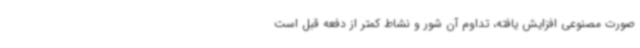
صورت مصنوعی افزایش یافته، تداوم آن شور و نشاط کمتر از دفعه قبل است